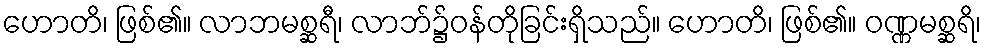
ဟောတိ၊ ဖြစ်၏။ လာဘမစ္ဆရီ၊ လာဘ်၌ဝန်တိုခြင်းရှိသည်။ ဟောတိ၊ ဖြစ်၏။ ဝဏ္ဏမစ္ဆရိ၊